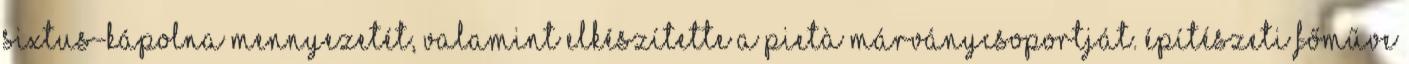
Sixtus-kápolna mennyezetét, valamint elkészítette a Pietà márványcsoportját. Építészeti főműve